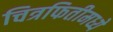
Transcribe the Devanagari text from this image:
चित्रफितीमध्ये